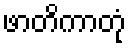
ဖာတိကာတုံ